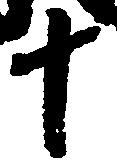
十